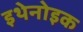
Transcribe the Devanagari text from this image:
इथेनोइक